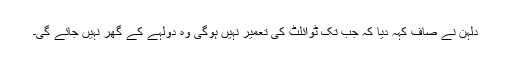
دلہن نے صاف کہہ دیا کہ جب تک ٹوائلٹ کی تعمیر نہیں ہوگی وہ دولہے کے گھر نہیں جائے گی۔